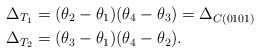
\begin{align*} \Delta_{T_1} &= (\theta_{2}-\theta_{1})(\theta_{4}-\theta_{3}) =\Delta_{C(0101)}\\ \Delta_{T_2} &= (\theta_{3}-\theta_{1})(\theta_{4}-\theta_{2}).\end{align*}